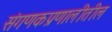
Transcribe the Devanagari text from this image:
संगणकप्रणालीतील